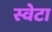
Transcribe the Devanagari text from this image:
स्वेटा